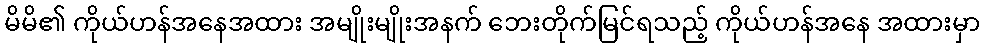
မိမိ၏ ကိုယ်ဟန်အနေအထား အမျိုးမျိုးအနက် ဘေးတိုက်မြင်ရသည့် ကိုယ်ဟန်အနေ အထားမှာ